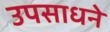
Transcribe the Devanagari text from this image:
उपसाधने